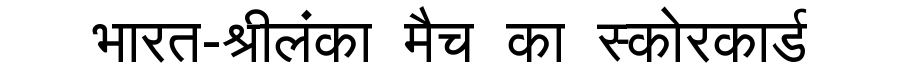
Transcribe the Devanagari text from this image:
भारत-श्रीलंका मैच का स्कोरकार्ड